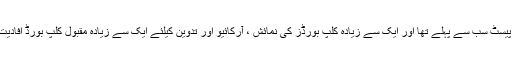
کاپی پیسٹ سب سے پہلے تھا اور ایک سے زیادہ کلپ بورڈز کی نمائش ، آرکائیو اور تدوین کیلئے ایک سے زیادہ مقبول کلپ بورڈ افادیت ہے۔